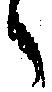
々